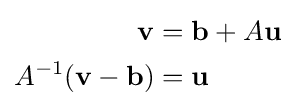
{\begin{aligned}\mathbf {v} &=\mathbf {b} +A\mathbf {u} \\A^{-1}(\mathbf {v} -\mathbf {b} )&=\mathbf {u} \end{aligned}}